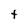
Character: t